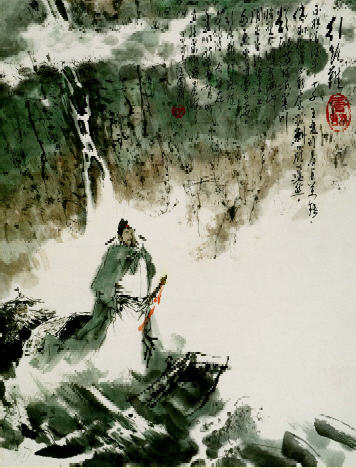
大道如青天，我独不得出。